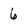
Character: 6